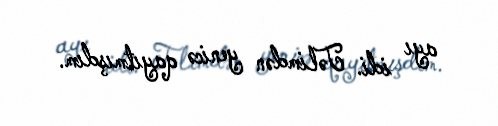
ayı idi. Təlimdən yenicə qayıtmışdım.